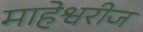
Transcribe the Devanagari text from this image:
माहेश्वरीज